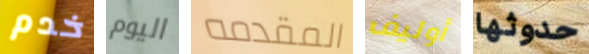
خدم اليوم المقدمه أوليف حدوثها